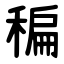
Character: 稨